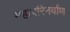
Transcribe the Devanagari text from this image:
महापरिनर्वाण